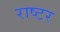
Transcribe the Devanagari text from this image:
राष्टर